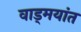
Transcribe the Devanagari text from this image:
वाड्मयांत